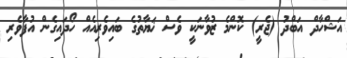
އަޝްހާދް އަބްދު (ޖެރީ) ކޮންމެ ޒުވާނަކީ ވެސް ޚަޔާތުގެ ބައިވެރިއެއް ހޯދައިގެން އުފާވެރި